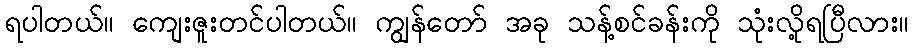
ရပါတယ်။ ကျေးဇူးတင်ပါတယ်။ ကျွန်တော် အခု သန့်စင်ခန်းကို သုံးလို့ရပြီလား။